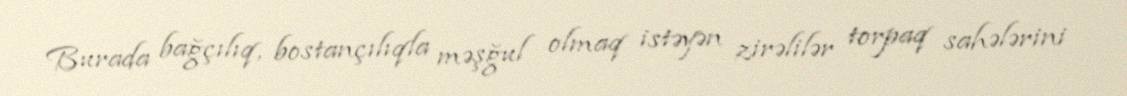
Burada bağçılıq, bostançılıqla məşğul olmaq istəyən zirəlilər torpaq sahələrini